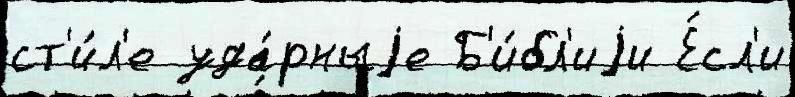
ст'и́л'е уда́рныjе Б'и́бл'иjи Е́сл'и